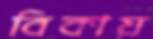
বিকায়